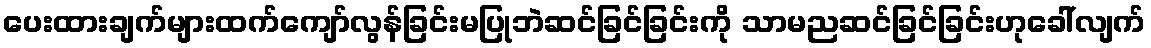
ပေးထားချက်များထက်ကျော်လွန်ခြင်းမပြုဘဲဆင်ခြင်ခြင်းကို သာမညဆင်ခြင်ခြင်းဟုခေါ်လျက်